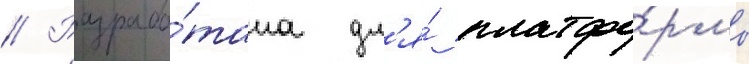
// Разрабо́тана дл'я́ платфо́рмы